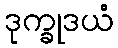
ဒုက္ခုဒယံ